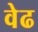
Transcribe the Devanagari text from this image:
वेढ